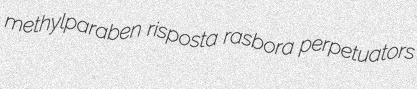
methylparaben risposta rasbora perpetuators